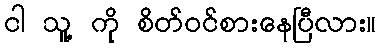
ငါ သူ့ ကို စိတ်ဝင်စားနေပြီလား။